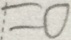
= 0